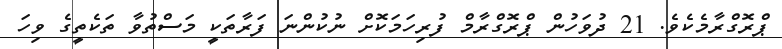
ޕްރޮގްރާމެކެވެ. 21 ދުވަހުން ޕްރޮގްރާމް ފުރިހަމަކޮށް ނުކުންނަ ފަރާތަކީ މަސްތުވާ ތަކެތީގެ ވިހަ